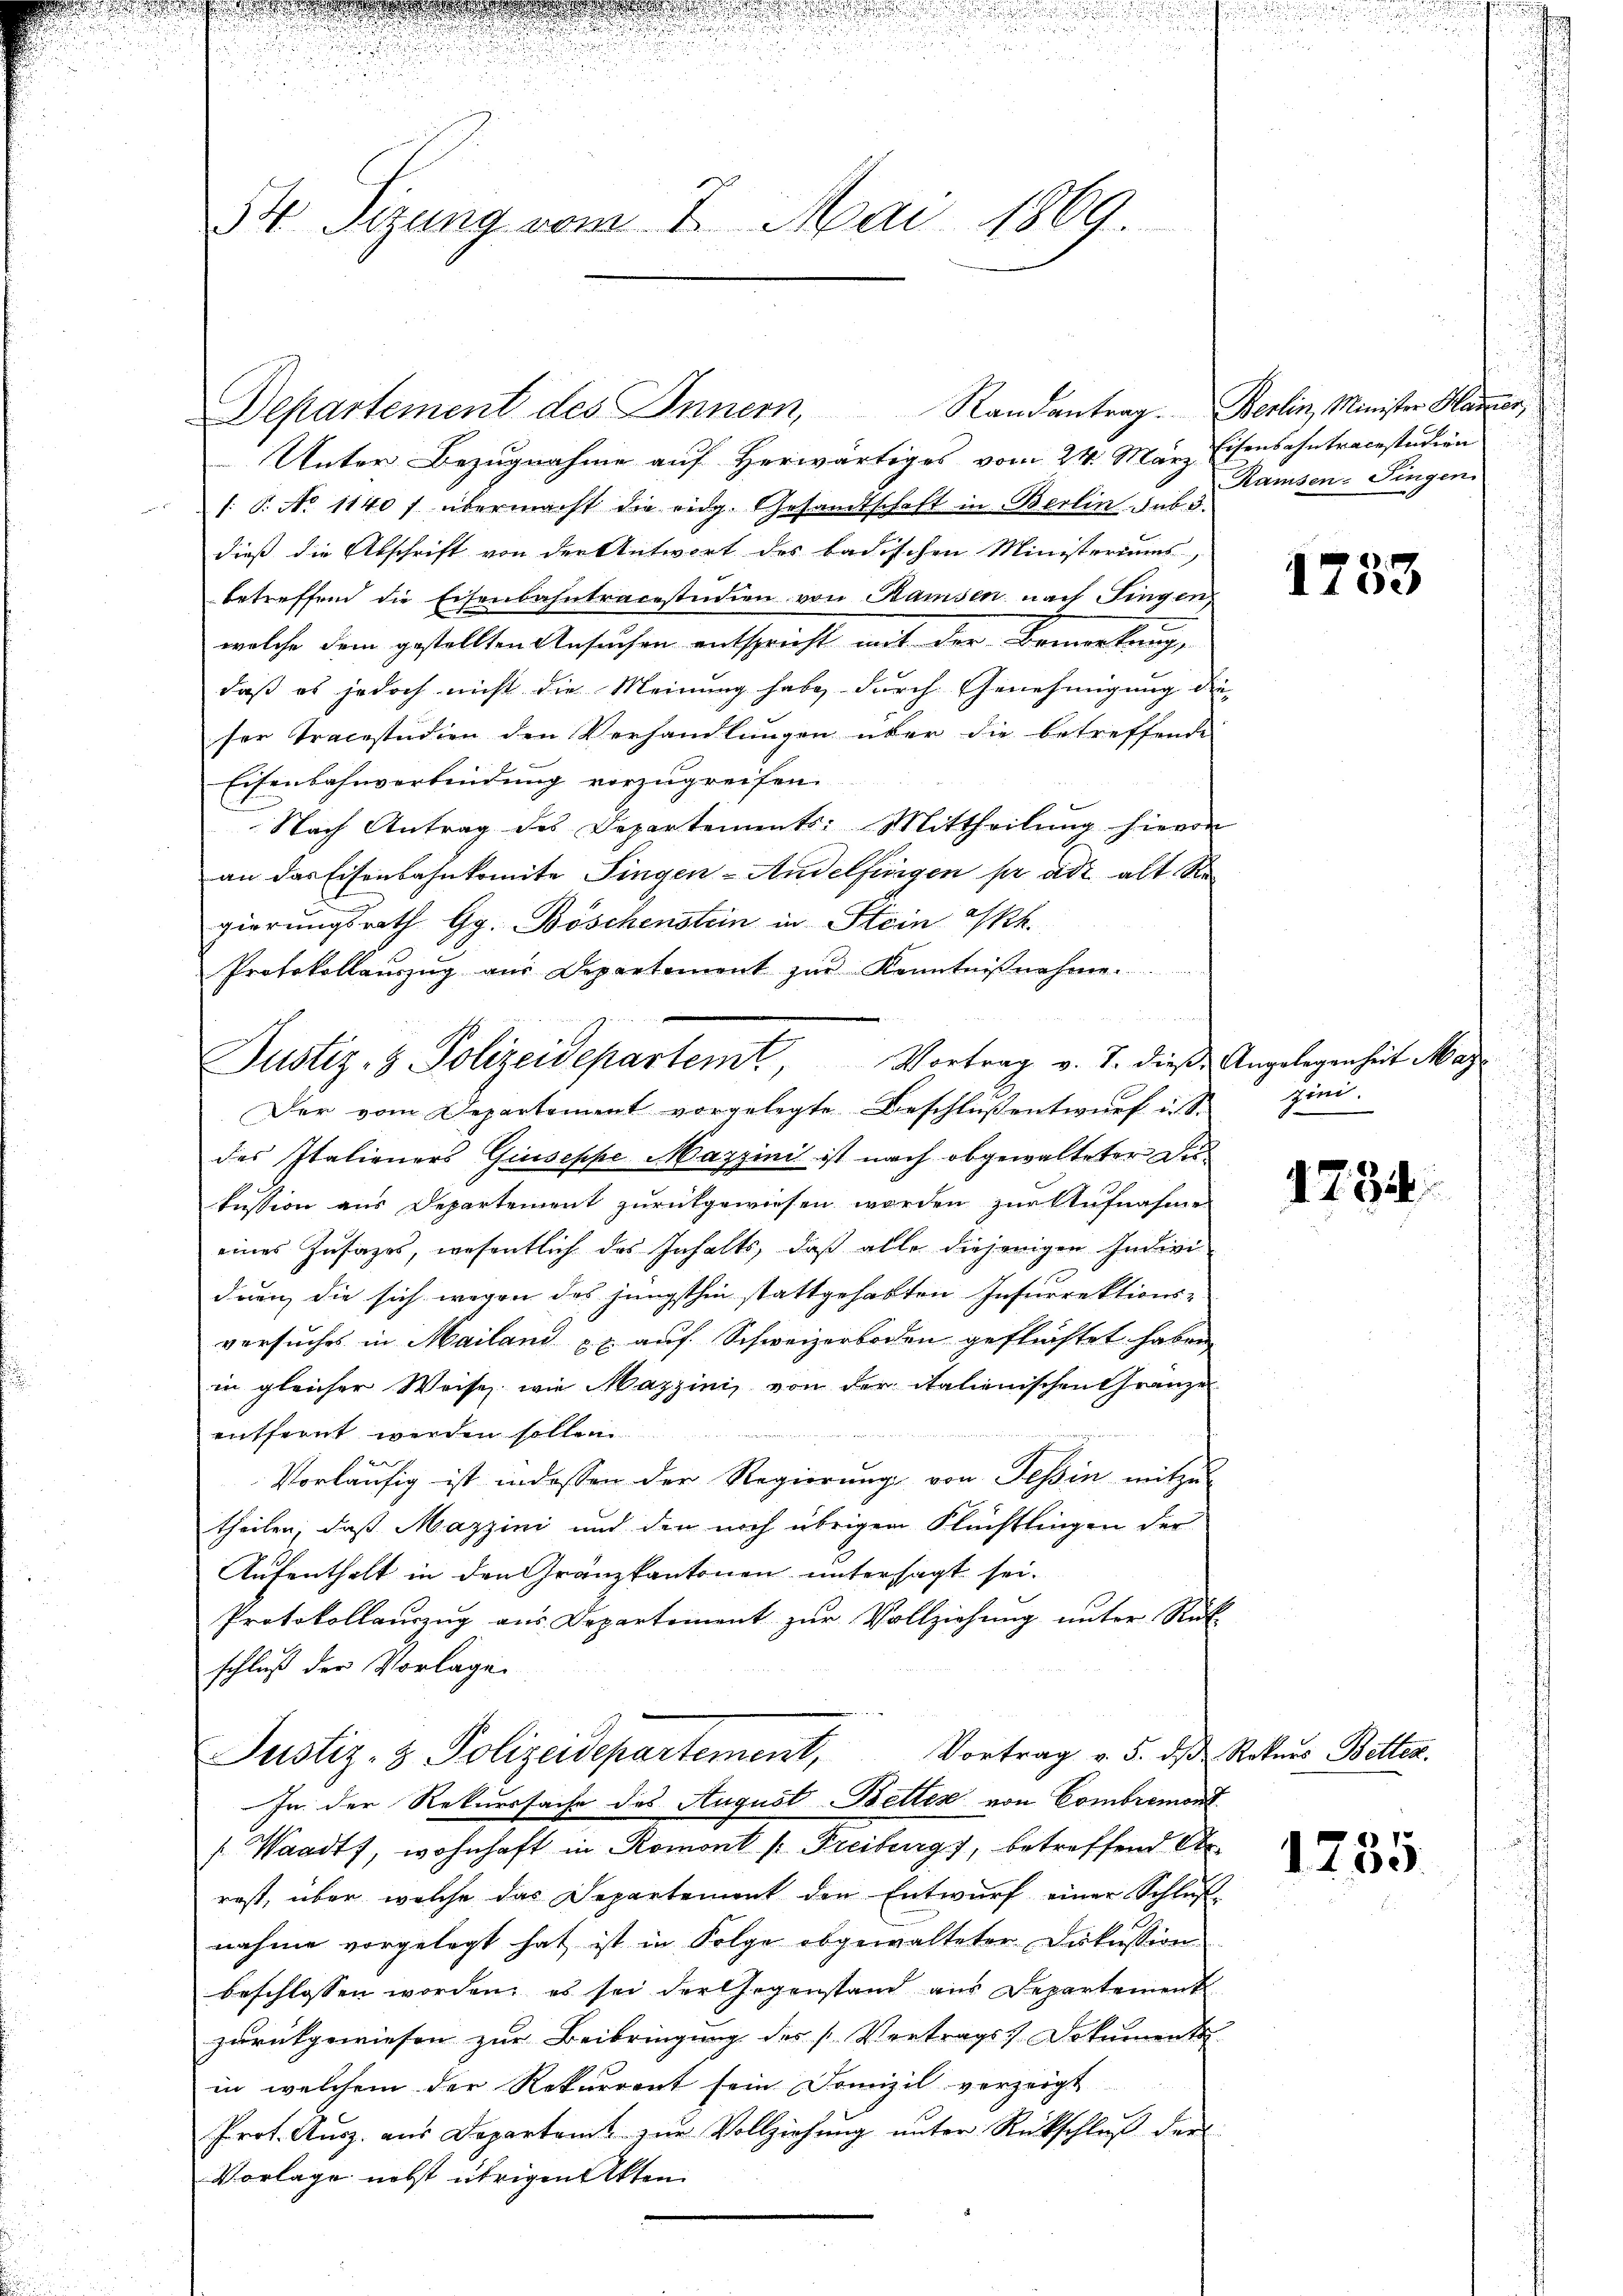
2

54 Sizung vom 7. Mai 1869.

u

Unter Bezugnahme auf Herwärtiges vom 24. März Eisenbahntracestudien
1. 8. No 1140 f übermacht die eidg. Gesandtschaft in Berlin sub. 3.
dieß die Abschrift von der Antwort des badischen Ministeriums
betreffend die Eisenbahntracestudien von Bamsen nach Fingen
welche dem gestellten Ansuchen entspricht mit der Bemerkung,
daß es jedoch nicht die Meinung habe, durch Genehmigung die
ser Tracestudien den Verhandlungen über die betreffende
Eisenbahnverbindung vorzugreifen.
Nach Antrag des Departements: Mittheilung hievon
an das Eisenbahnkomite Singen-Andelfingen pr ad alt Se
gierungsrath Gg. Böschenstein in Stein Ph.
Protokollaŭszŭg aŭs Departement zŭr Kenntniβnahme.
e
Der vom Departement vorgelegte Beschluß entwurf in S
des Italieners Giuseppe Mayzini ist nach abgewalteter Zukussion aus Departement zurükgewiesen worden zur Aufnahme
eines Zusages, wesentlich das Inhalts, daß alle diejenigen Indivi
duen die sich wegen des jüngsthin stattgehabten Insurrektions-
versuches in Mailand u. auf Schweizerboden geflüchtet haben,
in gleicher Weise, wie Mazzini, von der italienischen Gränze
entfernt werden sollen.

Vorläufig ist indessen der Regierung von Tessin mitzu-
theilen, daß Mazzini und den noch übrigen Flüchtlingen der
Aufenthalt in den Gränzkantonen untersagt sei.
Protokollauszug aus Departement zur Vollziehung unter Rück
schluß der Vorlage
Vortrag v. 5. ds Rekurs Betten.
Justiz- & Polizeidepartement,
In der Rekurssache des August Bettes von Combremont
s. Waadt, wohnhaft in Romont /: Freiburgs, betreffend Obe
rost, über welche das Departement den Entwurf einer Schluß-
nahme vorgelegt hat ist in Folge abgewalteter Diskussion
beschlossen worden, es sei der Gegenstand aus Departement
zurückgewiesen zur Beibringung des Vertrags Dokuments
in welchem der Rekurrent sein Domizil verzeigt
Prot. Aŭsz. aŭs Departamt zŭr Vollziehŭng ŭnter Rückschlŭβ der
Vorlage nebst übrigen Akten

Departement des Innern, Randantrag. Berlin, Minister Harzer,

Justiz- & Polizeidepartemt, Vortrag v. J. diese Angelegenheit Mar

Ramsen-Singen.

1253

gin.

1734

1735.